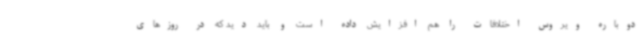
دوباره ویروس اختلافات را هم افزایش داده است و باید دید که در روزهای